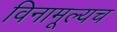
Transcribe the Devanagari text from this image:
विनामूल्यच